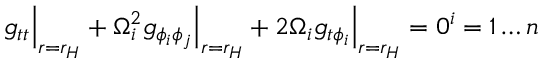
g _ { t t } \Big | _ { r = r _ { H } } + \Omega _ { i } ^ { 2 } g _ { \phi _ { i } \phi _ { j } } \Big | _ { r = r _ { H } } + 2 \Omega _ { i } g _ { t \phi _ { i } } \Big | _ { r = r _ { H } } = 0 \sp i = 1 \ldots n